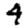
Digit: 4